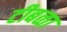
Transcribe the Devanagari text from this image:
टीबळा